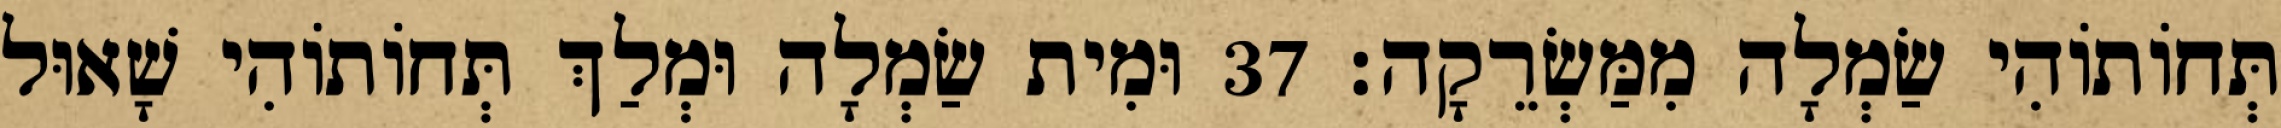
תְּחוֹתוֹהִי שַׂמְלָה מִמַּשְׂרֵקָה׃ 37 וּמִית שַׂמְלָה וּמְלַךְ תְּחוֹתוֹהִי שָׁאוּל